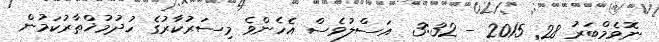
ނޮވެމްބަރު 28